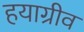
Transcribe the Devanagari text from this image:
हयाग्रीव